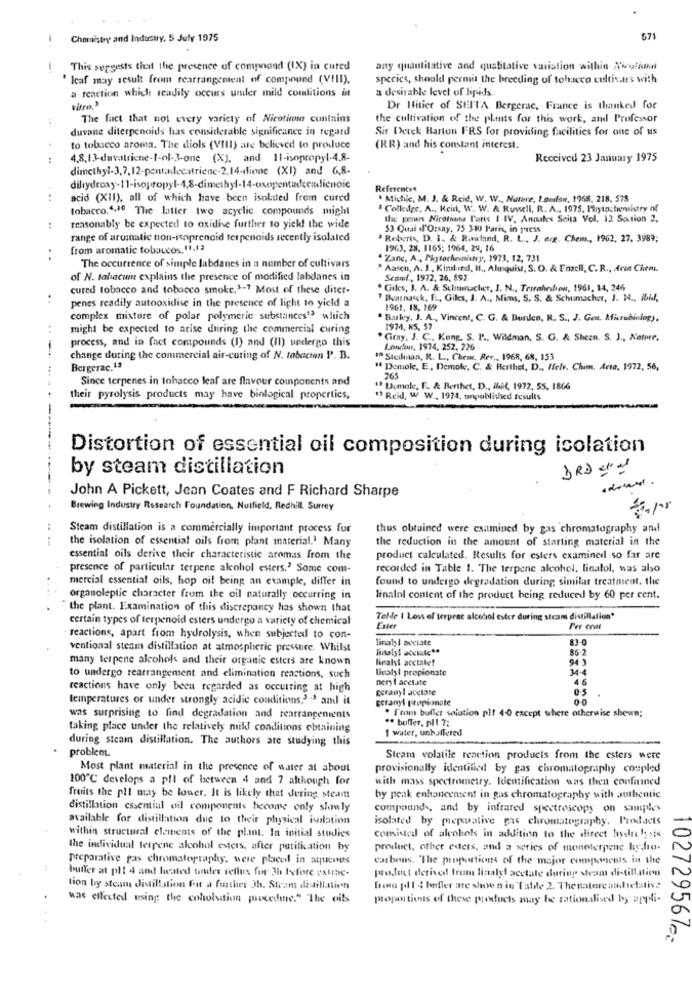
Chemistry and Industry, 5 July 1975
571
This suggests that the presence of compound (IX) in cured
any quantitative and qualitative variation within Ninefinal
Icaf may result from rearrangement of compound (VIII).
species, should permit the breeding of tobacco cultivars with
a reaction which readily occurs uniler mild conditions in
a desirable level of lipids
vitre.3
Dr Ifitier of SEITA Bergerac, France is thanked for
The fact that not every variety of Nicotine contains
the cultivation of the plats for this work, and Professor
duvane diterpenoids has considerable significance in regard
Sir Derek Barton FRS for providing facilities for one of us
to tobacco aroma. The diols (VIII) are believed to produce
(RR) and his constant interest.
4.8.13-duvalriene-t-ol-3-one (X), and 11-isopropyl-4.8-
Received 23 January 1975
dimethyl-3,7,12-pentadecatriene-2.14-dione (XI) and 6,8-
References
acid (XII), all of which have been isolated from cured
. Michic, M. J. & Reid, W. W ., Nature, London, 1968, 218. 578
tobacco,4,10 The latter two acyclic compounds might
& Colledge, A ., Reid, W. W. & Ruwell, R. A ., 1975. Phytochemistry of
the geners Nicotivets Parts I IV. Annates Seita Vol. 12 Saction 2,
reasonably be expected to oxidise further to yield! the wide
53 Quai J'Orsay, 75 330 Paris, in press
range of aromatic non-isoprencid terpenaids recently isolated
Roberts, D. 1. & Raaland, R. L ., J. erg. Chem ., 1962, 27. 3989;
from aromatic tobaccos.11,13
1963. 28, 1165; 1964, 29, 16
Zane, A ., Phytochemistry, 1973, 12, 731
The occurrence of simple labdanes in a number of cultivars
" Aasco, A. J ., Kimkind, H ., Almquist, S. O. & Enzell, C. R ., Arie Chem.
of N. tabacum explains the presence of modified labdanes in
Seaf ., 1972, 26, 892
cured tobacco and tobacco smoke.1-7 Most of these diter-
Giles, J. A. & Schumacher, J. N ., Terrahirihow, 1961, 14, 246
..
" Barnasck, EL, Gikes, J. A ., Mims, S. S. & Schumacher, J. N ., ibid,
penes readily autooxidise in the presence of light to yield a
1961, 18, 169
complex mixture of polar polymeric substances13 which
Buky, J. A ., Vincent, C. G. & Burden, R. S ., J. Gen. Microbiology,
might be expected to arise during the commercial curing
1974, KS, 57
process, and in fact compounds (I) and (II) undergo this
*Gray, J. C ., Kung. S. P' ., Wildman, S. G. & Sheen. S. J ., Nature.
Lowrlan, 1974, 252, 226
change during the commercial air-curing of N. tabacswn P. B.
1º Stcilman, R. L ., Chem. Rer ., 1968, 68, 153
....
" Demole, E, Demole, C. & Herthet, D ., Helr. Chim. Acta. 1972, 56,
Since terpenes in tobacco leaf are flavour components and
265
"Dcmake, F. & Berthet, D ., ihit, 1972, SS, 1866
their pyrolysis products may have biological properties,
" Reid, W W ., 1974, unpublished results
Distortion of essential oil composition during isolation
by steam distillation
DRDer
John A Pickett, Jean Coates and F Richard Sharpe
Brewing Industry Research Foundation. Nulfield, Redhill. Surrey
Steam distillation is a commercially important process for
thus obtained were examined by gas chromatography and
the isolation of essential oils from plant material.' Many
the reduction in the amount of starting material in the
essential oils derive their characteristic aromas from the
product calculated. Results for esters examined so far are
presence of particular terpene alcohol esters." Some com-
recorded in Table 1. The terpene alcohol, linalol, was also
mercial essential oils, hop oil being an example, differ in
found to undergo degradation during similar treatment. the
organoleptic character from the oil naturally occurring in
linalol content of the product being reduced by 60 per cent.
the plant. Examination of this discrepancy has shown that
certain types of terpenoid esters undergo a variety of chemical
Telde | Loss of terpese alcedol ester during stcam distillation*
Enter
Per cont
reactions, apart from hydrolysis, when subjected to con-
linatyl acciate
83-0
ventional steam distillation at atmospheric pressure. Whilst
linalyl acetate **
86-2
many terpene alcohol and their organic esters are known
linalyt acctatet
94-3
linatyl propionate
34-4
to undergo rearrangement and elimination reactions, such
nery ! acet.ite
46
reactions have only beeu regarded as occurring at high
Ecranyl acetate
temperatures or under strongly acidic conditions,3 -5 and it
geranyl propionate
00
. I'rim buffer solution plf 40 except where otherwise shown;
was surprising to find degradation and rearrangenients
·· buffer, pl1 7:
taking place under the relatively mild conditions obtaining
1 water, unbuffered
during steam distillation. The authors are studying this
problem.
Steam volatile reaction products from the esters were
Most plant material in the presence of water at about
provisionally identified by gas chromatography coupled
100℃ develops a pll of between 4 and 7 although for
with mass spectrometry. Identification was then confirined
fruits the pll may be louer. It is likely that dering steam
by peak enhancement in gas chromatography with authentic
distillation essential oil components hecome only slowly
compounds, and by infrared spectroscopy on samples
available for distillation due to their physical isolation
isolated by meporative gas chromatography. Products
within structural clements of the plant. In initial studies
comisted of alcohols in addition to the direct hydro lysis
the individual terrene alcohol esters, after purification by
product, other eders, and a series of moneterpene hydro-
preparative gas chromatography, were placed in aqueous
carbons. "The proportionns of the major components in the
44
buffer at ph! 4 and heated under reflux for 3h before extrase.
product derived from linalyl acetate during steam di-till.stien
tion by steam distillation for a fiather 3. Steam distillatien
fono pl 1 ; heffer are shown in Tatile 2. Thenatureanddietative
was effected using the coholsation procedure." The oils
proportions of these products may be rationalised by appli-
102/295610: